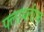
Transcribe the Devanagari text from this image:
फ्लायलीफ